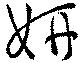
妍